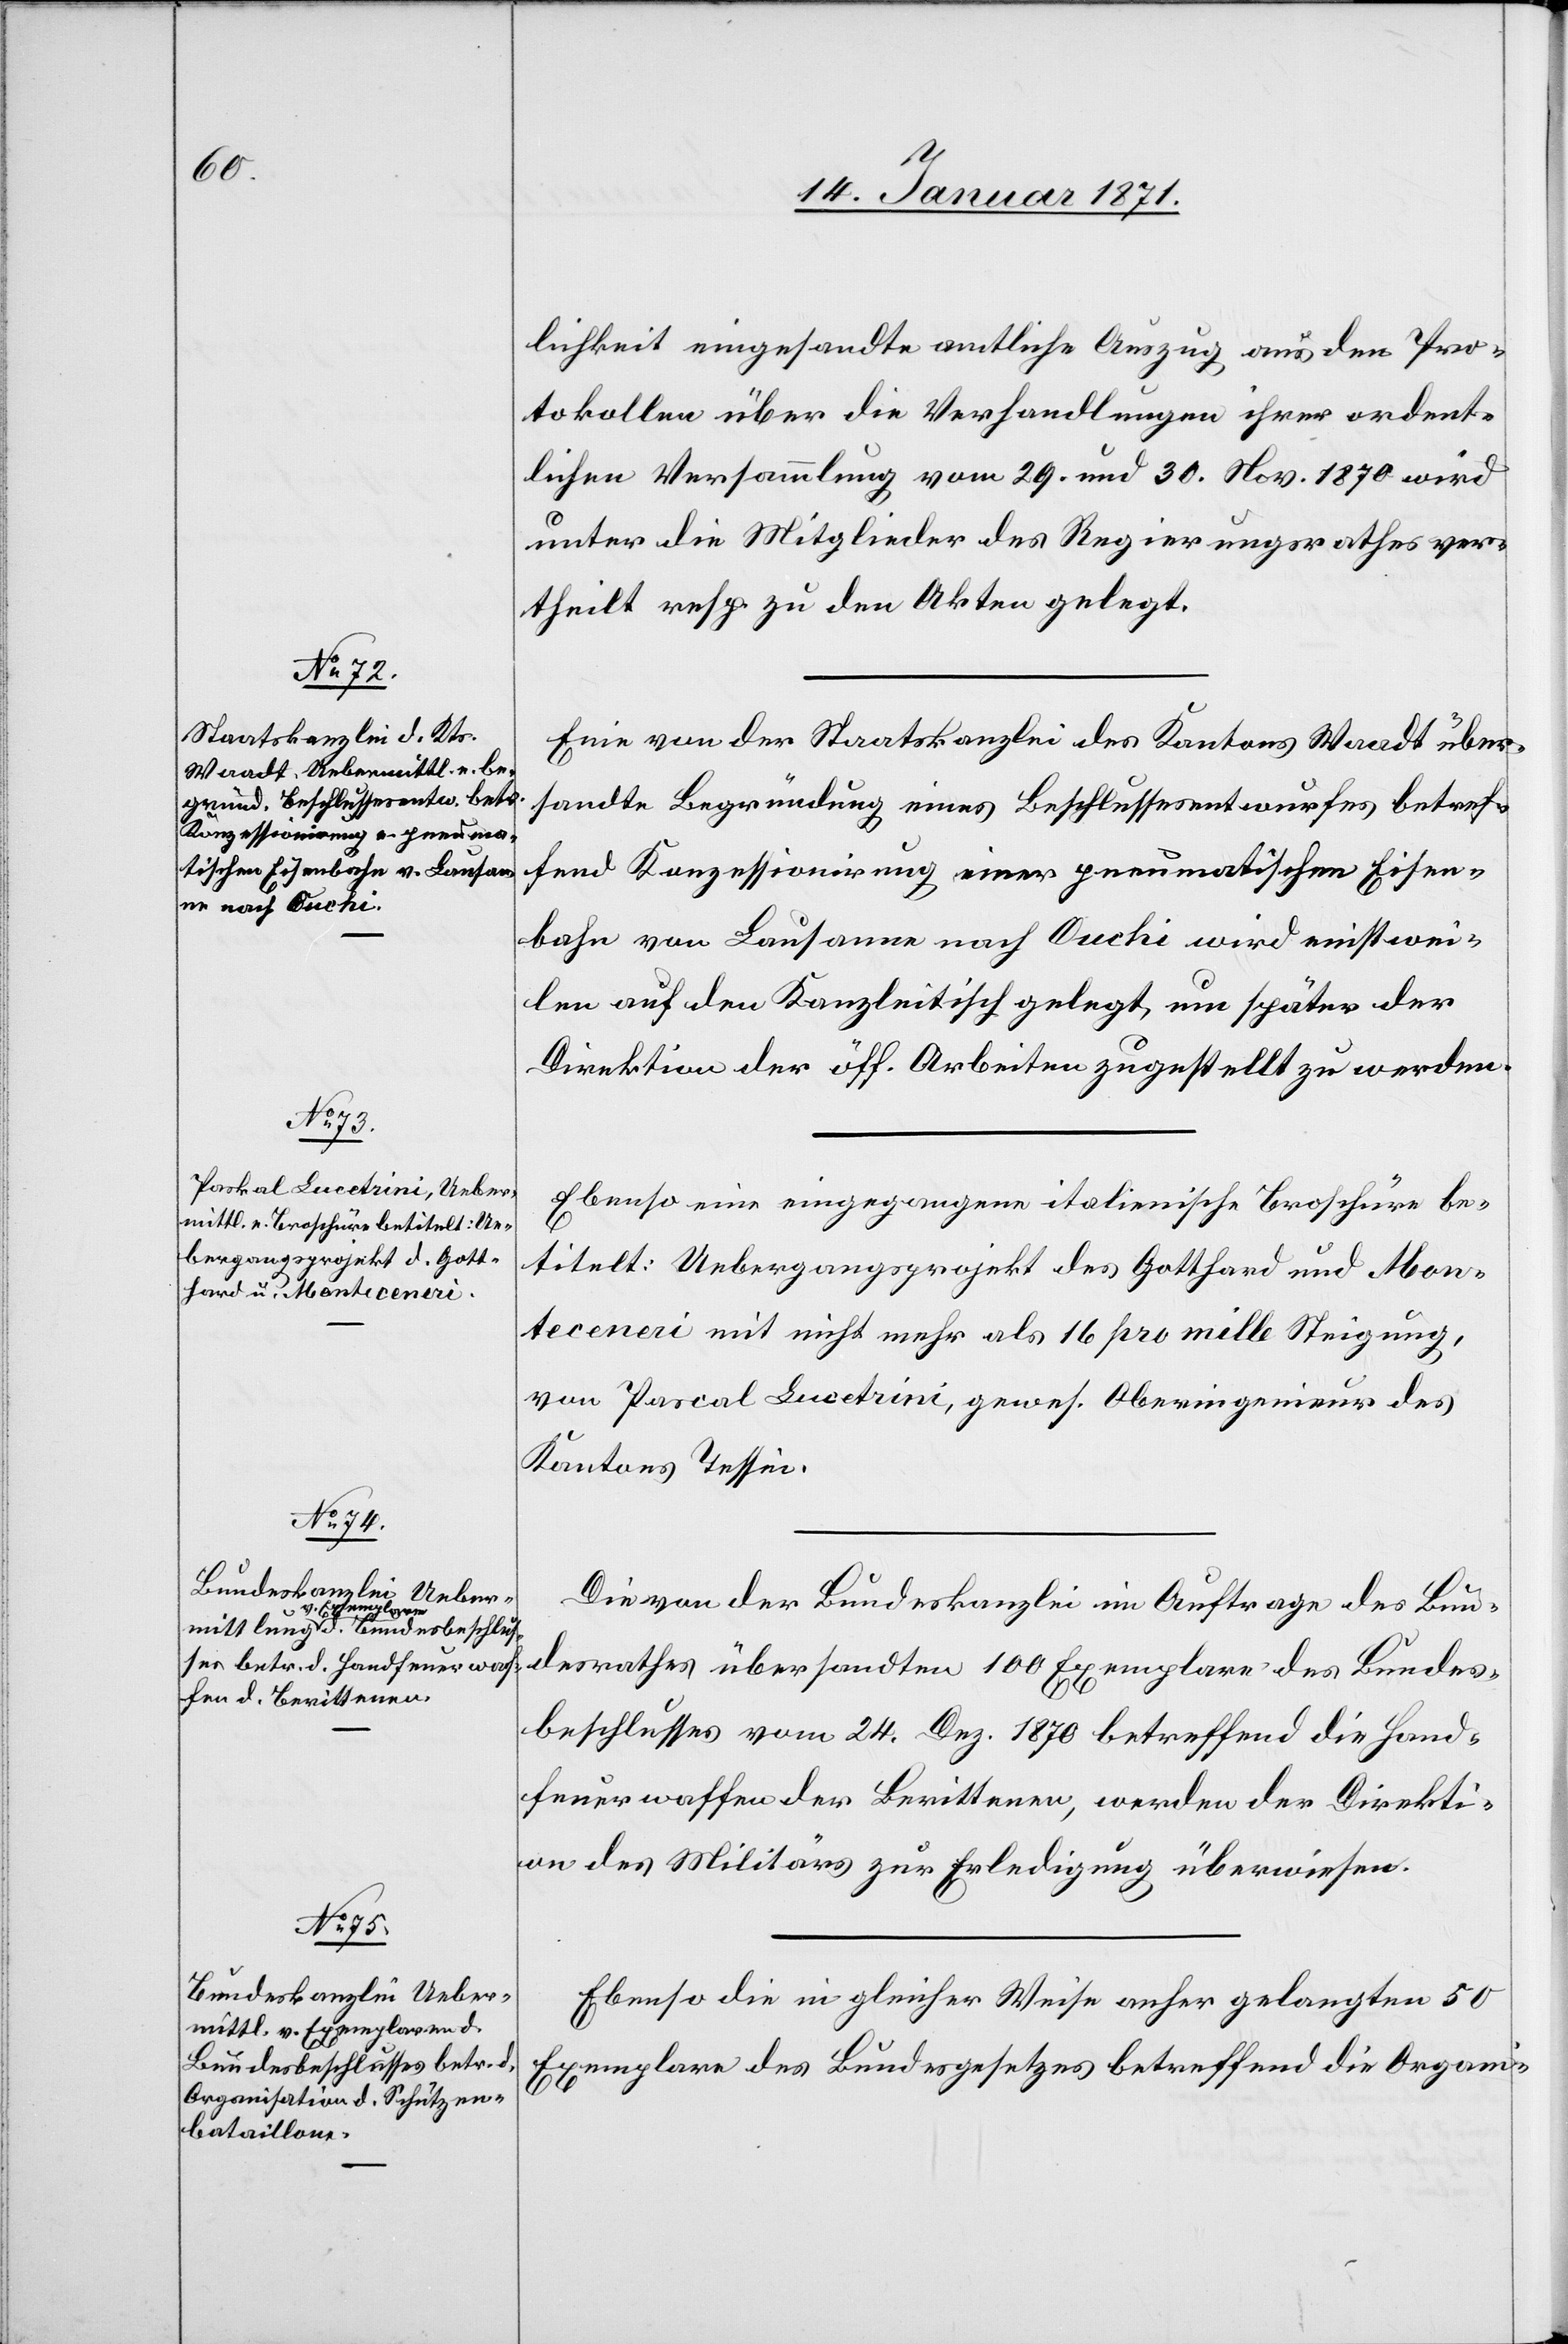
lichkeit eingesandte amtliche Auszug aus den Pro¬
tokollen über die Verhandlungen ihrer ordent¬
lichen Versammlung vom 29. und 30. Nov. 1870 wird
unter die Mitglieder des Regierungsrathes ver¬
theilt resp. zu den Akten gelegt.
Eine von der Staatskanzlei des Kantons Waadt über¬
sandte Begründung eines Beschlussesentwurfes betref¬
fend Konzessionirung einer pneumatischen Eisen¬
bahn von Lausanne nach Ouchi wird einstwei¬
len auf den Kanzleitisch gelegt, um später der
Direktion der öff. Arbeiten zugestellt zu werden.
Ebenso eine eingegangene italienische Broschüre be¬
titelt: Uebergangsprojekt des Gotthard und Mon¬
teceneri mit nicht mehr als 16 pro mille Steigung,
von Pascal [sic!] Lucetrini, gewes[enen] Oberingenieur des
Kantons Tessin.
Die von der Bundeskanzlei im Auftrage des Bun¬
desrathes übersandten 100 Exemplare des Bundes¬
beschlusses vom 24. Dez. 1870 betreffend die Hand¬
feuerwaffen der Berittenen, werden der Direkti¬
on des Militärs zur Erledigung überwiesen.
Ebenso die in gleicher Weise anher gelangten 50
Exemplare des Bundesgesetzes betreffend die Organi-